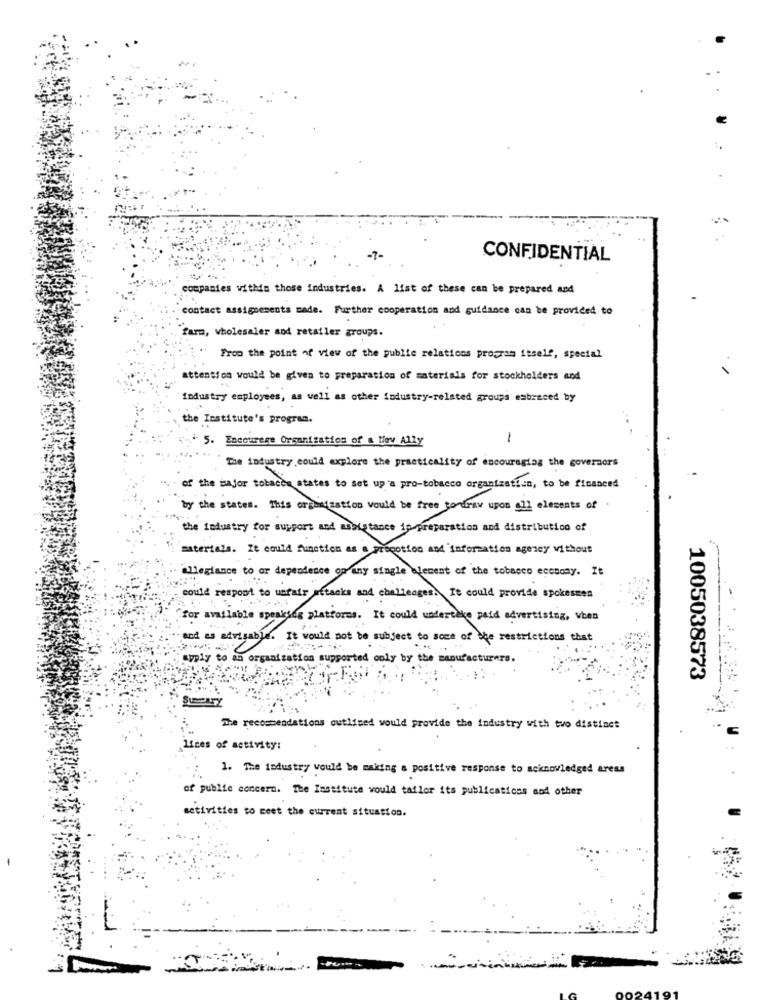
-7-
CONFIDENTIAL
companies within those industries. A list of these can be prepared and
contact assignements made. Further cooperation and guidance can be provided to
farm, wholesaler and retailer groups.
From the point of view of the public relations program itself, special
attention would be given to preparation of materials for stockholders and
industry employees, as well as other industry-related groups esbreced by
the Institute's program.
5. Encourese Organization of a Mev Ally
-
The industry could explore the practicality of encouraging the governors
". of the major tobacco states to set up a pro-tobacco organization, to be financed
by the states. This organization would be free to draw upon all elements of
the industry for support and assistance in preparation and distribution of
materials. It could function as a propotion and information agency without
allegiance to or dependence on any single alement of the tobacco economy. It
-
could respond to unfair attacks and challenges. It could provide spokesman
for available speaking platforms. It could undertake paid advertising, when
and as advisable. It would not be subject to some of the restrictions that
apply to an organization supported coly by the manufacturers.
1005038573
The recommendations outlined would provide the industry with two distinct
lices of activity:
1. The industry would be making a positive response to acknowledged areas
of public concern. The Institute would taflor its publications and other
activities to meet the current situation.